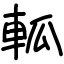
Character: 軱